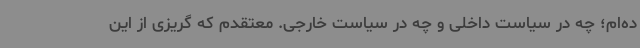
ده‌ام؛ چه در سیاست داخلی و چه در سیاست خارجی. معتقدم که گریزی از این